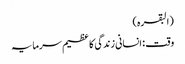
(البقرہ)
وقت : انسانی زندگی کا عظیم سرمایہ